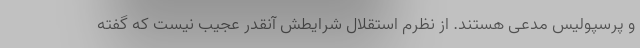
و پرسپولیس مدعی هستند. از نظرم استقلال شرایطش آنقدر عجیب نیست که گفته